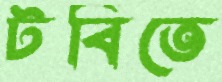
টবিতে